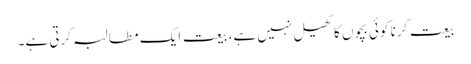
بیعت کرنا کوئی بچوں کا کھیل نہیں ہے، بیعت ایک مطالبہ کرتی ہے۔